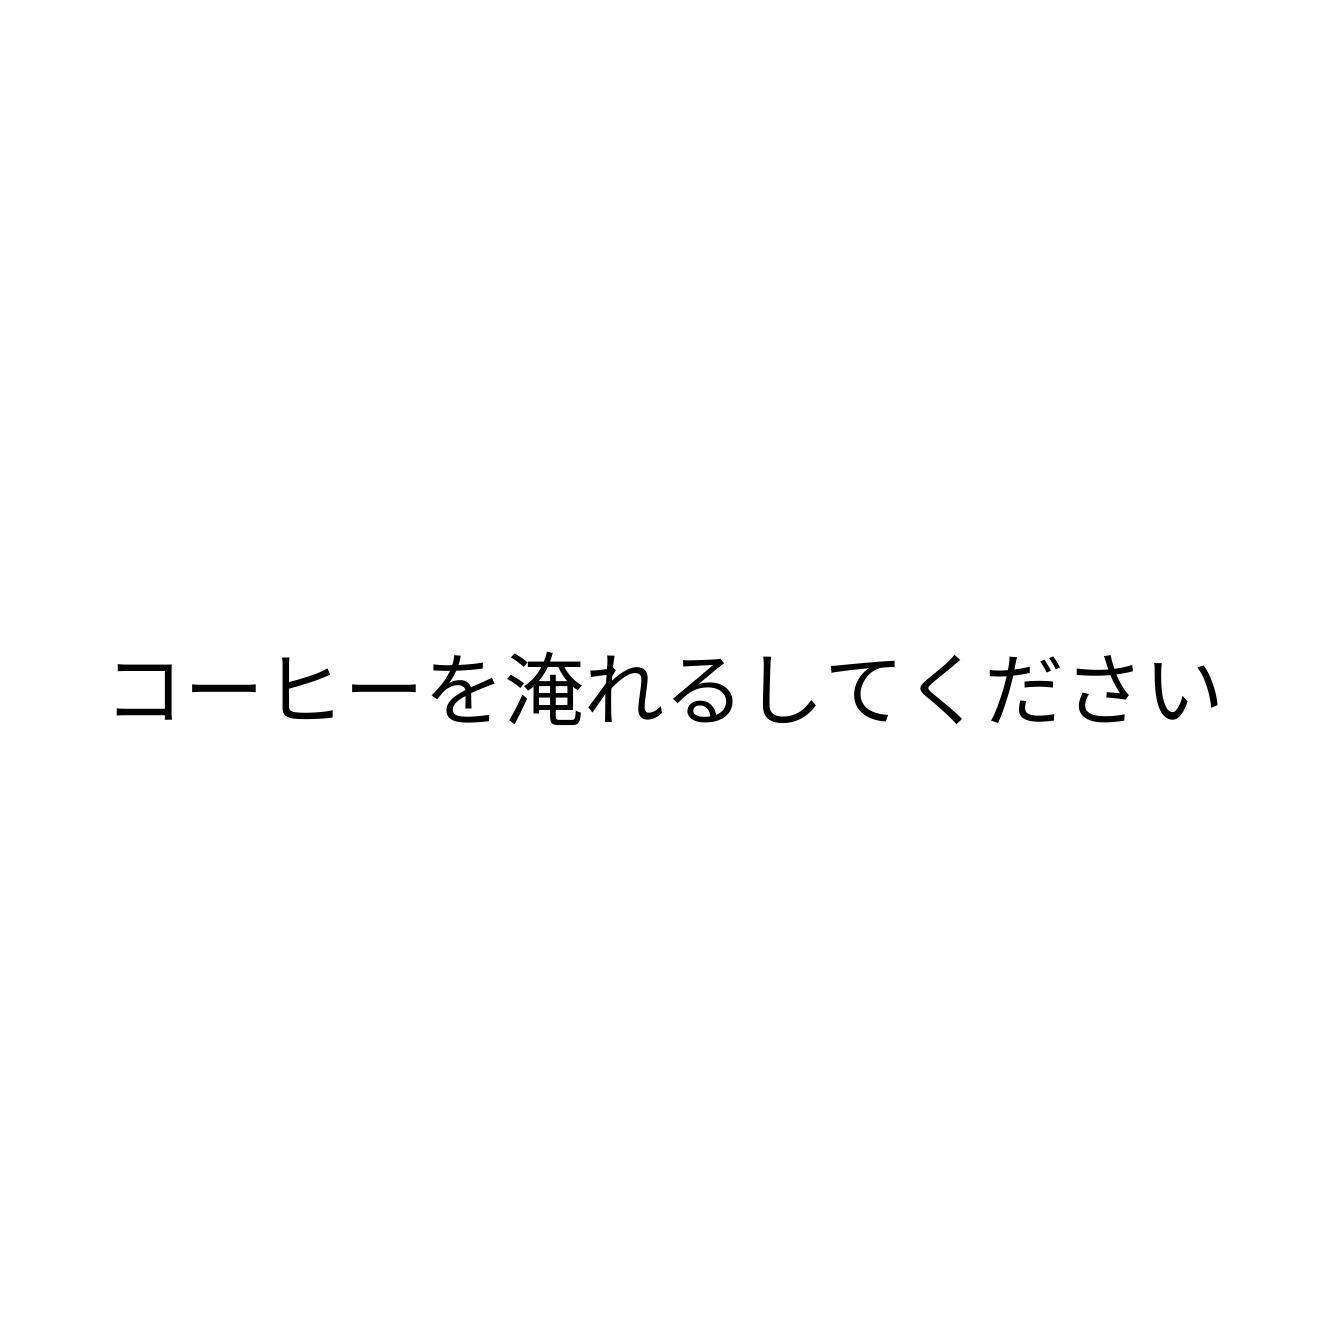
コーヒーを淹れるしてください